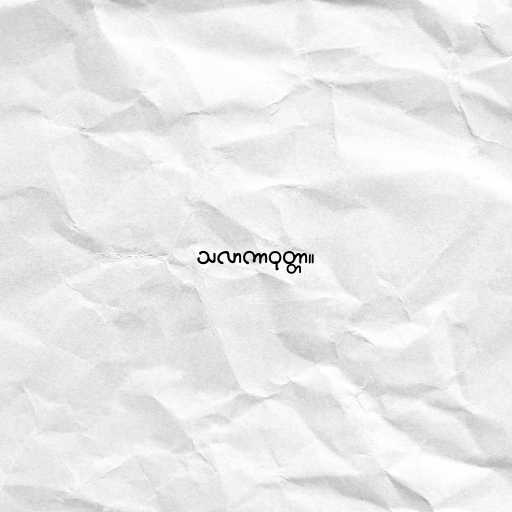
သလာကာဝုတ္တာ။